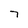
Character: 7